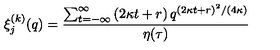
\xi _ { j } ^ { ( k ) } ( q ) = \frac { \sum _ { t = - \infty } ^ { \infty } \left( 2 \kappa t + r \right) q ^ { ( 2 \kappa t + r ) ^ { 2 } / ( 4 \kappa ) } } { \eta ( \tau ) }